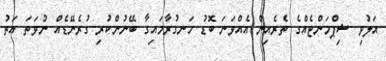
އަލުވި ޝިޕްމަންޓެއްގެ ތެރެއިން އެއްވަނަ ބޮޑު ހަނގުރާމައިގާ ބޭނުންކުރި ގުރެނޭޑެއް ނުވަތަ އަތު